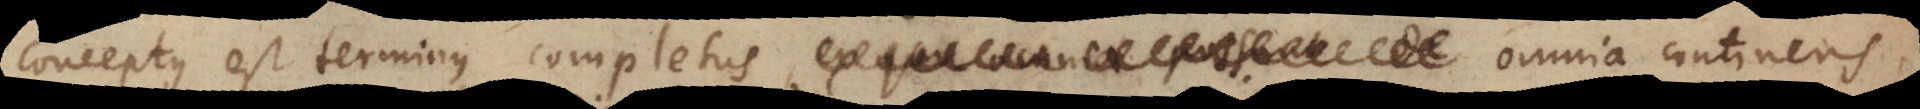
conceptus est terminus completus, omnia continens